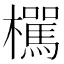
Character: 𣟭